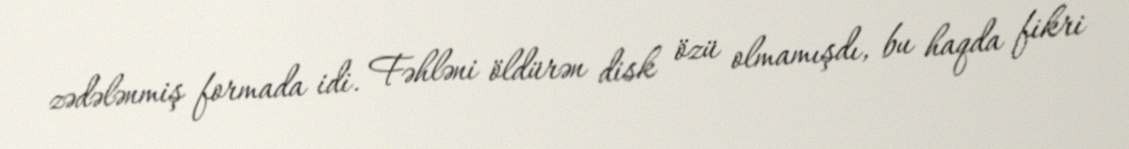
zədələnmiş formada idi. Fəhləni öldürən disk özü olmamışdı, bu haqda fikri